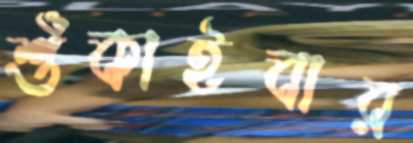
শুঁকাইবার